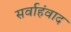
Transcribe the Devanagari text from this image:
सर्वाहंवाद